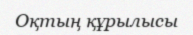
Оқтың құрылысы